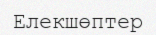
Елекшөптер